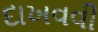
દાખવવી